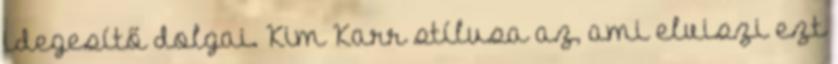
idegesítő dolgai. Kim Karr stílusa az, ami elviszi ezt